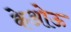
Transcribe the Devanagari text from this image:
केओऊ